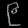
Digit: ၉